system: You are a helpful assistant.
user:
Analyze the provided spectrum to determine if it is a **"Cataclysmic Variables (CV)"**.

- **Key Indicators for CV (Check for either state):**
    - **State 1: Quiescent / Low-State (Emission-Dominated)**
        - **(Primary):** Strong and *very broad* Hydrogen Balmer emission lines (e.g., $H\alpha$ at 6563 Å, $H\beta$ at 4861 Å). The 'broadness' (high velocity dispersion, often FWHM > 1000 km/s) is the key diagnostic, indicating a high-velocity accretion disk.
        - **(Secondary):** Broad neutral Helium (He I) emission lines (e.g., 5876 Å, 6678 Å).
        - **(Key Confirmation):** Presence of high-excitation *ionized* Helium (He II) emission at 4686 Å. This is a strong indicator of accretion onto a white dwarf.
        - **(Line Profile):** Emission lines may exhibit a 'double-peaked' profile, which is a classic signature of a rotating accretion disk viewed at high inclination.

    - **State 2: Outburst / High-State (Absorption-Dominated)**
        - **(Primary):** Spectrum is dominated by a bright, blue continuum (looks like a hot star).
        - **(Secondary):** The emission lines from State 1 are weak, absent, or 'filled in', and are replaced by broad, shallow *absorption* lines (primarily Balmer and He I).
        - **(Morphology):** The overall spectrum mimics a hot B/A-type star. The crucial difference is that the absorption lines are significantly broader, shallower, and more 'washed-out' (or 'smeared') than the sharp lines of a normal stellar photosphere, due to high rotational speeds and pressure broadening in the disk.

Think first, call **spectral_visualization_tool** if needed to examine features in detail, then provide your final answer. Your response must adhere to the following strict rules:
1.  **Overall Structure:** Your response must follow the format `<think>...</think> <tool_call>...</tool_call> (if a tool is used) <answer>...</answer>`.
2.  **Tool Usage Constraint:** You may only make **one** tool call per turn.
3.  **Final Answer Format:** In the `<answer>` tag, your conclusion must be inside a `\boxed{}` command (e.g., `\boxed{YES}`), followed by your justification.

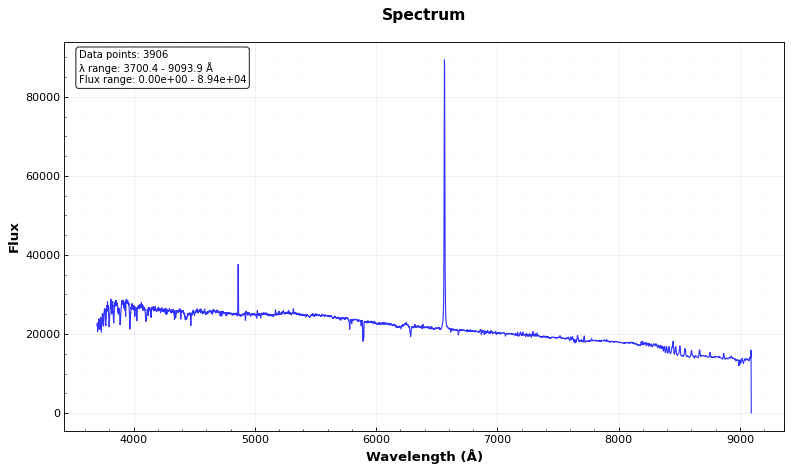
Answer: NO